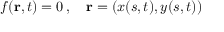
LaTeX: f ( \mathbf { r } , t ) = 0 \, , \quad \mathbf { r } = ( x ( s , t ) , y ( s , t ) )